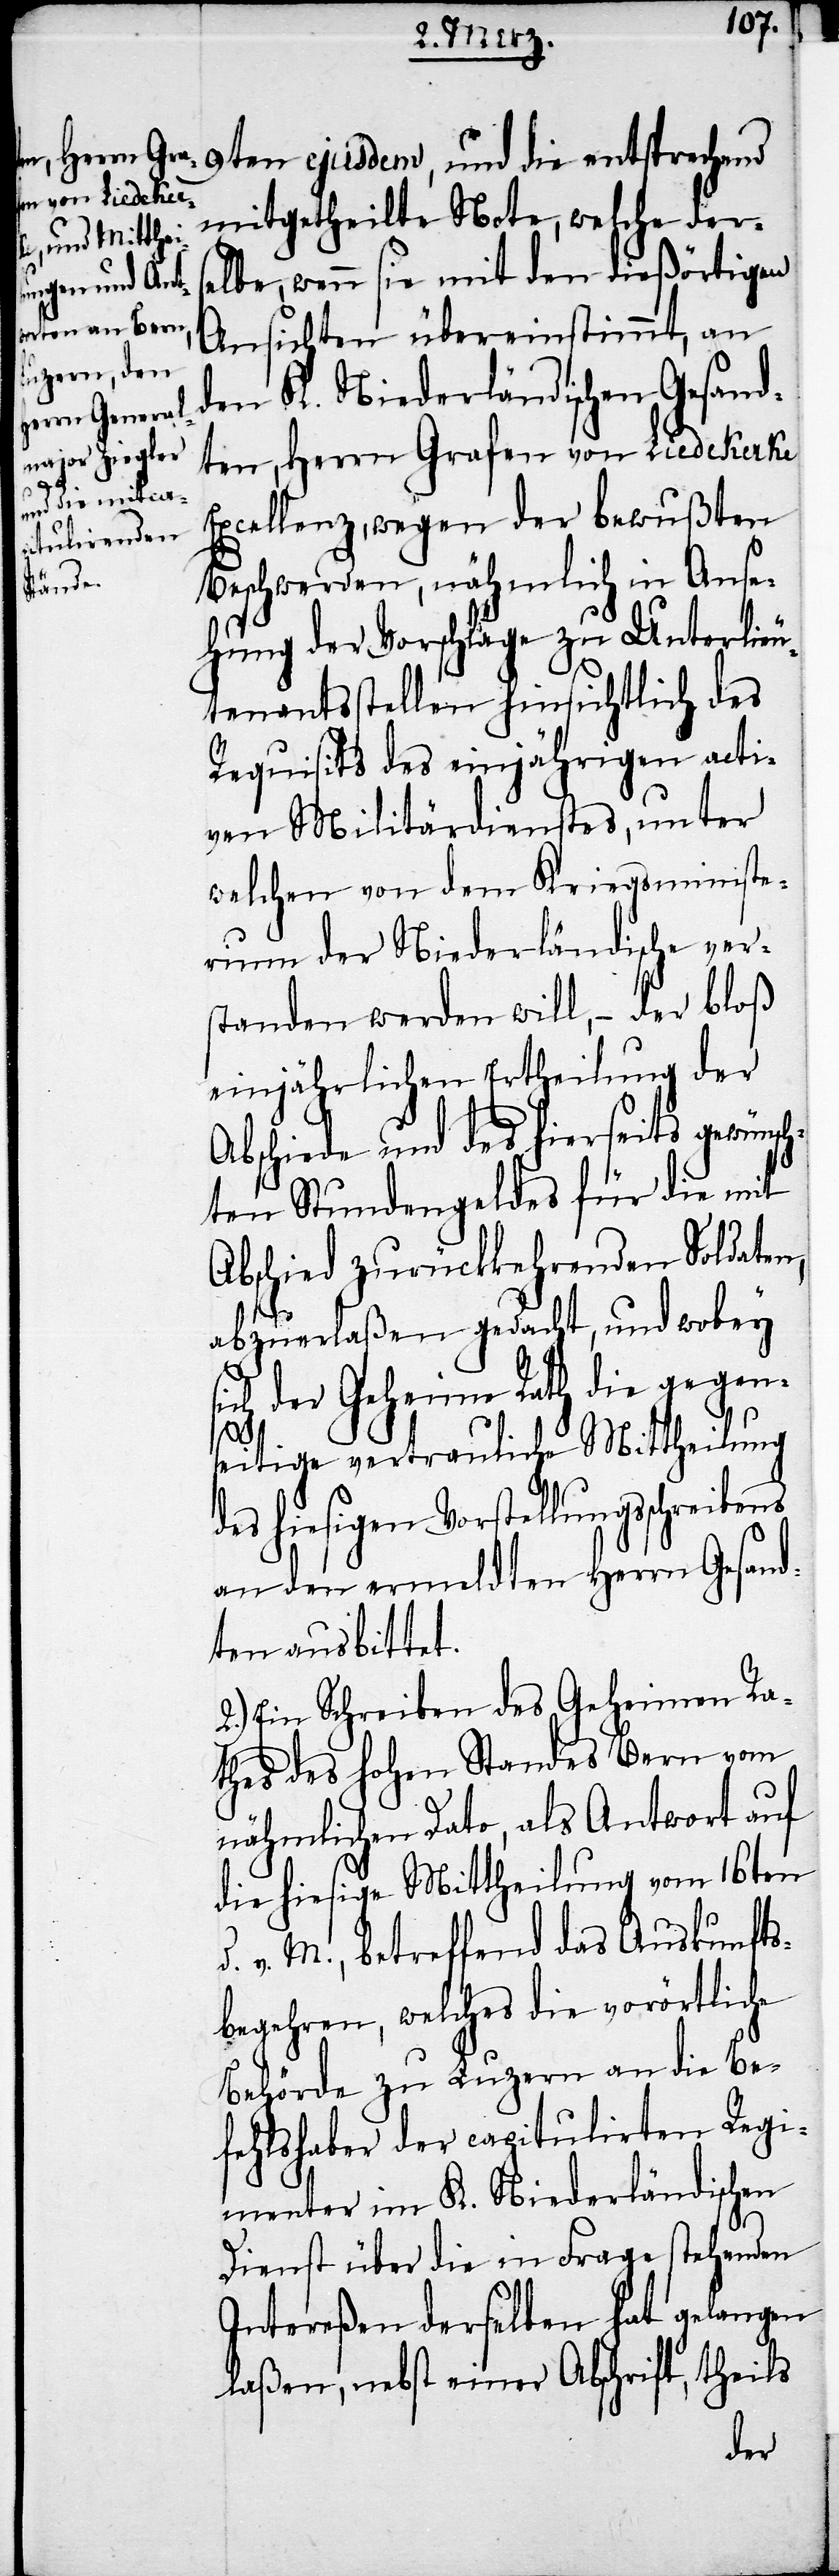
9ten ejusdem, und die entsprechend
mitgetheilte Note, welche ders¬
elbe, wenn sie mit den dießörtigen
Ansichten übereinstimmt, an
den K. Niederländischen Gesand¬
ten, Herrn Grafen von Liedekerke
Excellenz, wegen der bewußten
Beschwerden, nähmlich in Anse¬
hung der Vorschläge zu Unterlieu¬
tenantsstellen hinsichtlich des
Requisits des einjährigen acti¬
ven Militärdienstes, unter
welchen von dem Kriegsministe¬
rium der Niederländische ver¬
standen werden will, – der bloß
einjährlichen Ertheilung der
Abschiede und des hierseits gewünsch¬
ten Stundengeldes für die mit
Abschied zurückkehrenden Soldaten,
abzuerlaßen gedacht, und wobey
sich der Geheime Rath die gegen¬
seitige vertrauliche Mittheilung
des hiesigen Vorstellungsschrei¬
an den ermeldten Herrn Gesand¬
ten ausbittet.
2.) Ein Schreiben des Geheimen Ra¬
thes des hohen Standes Bern vom
nähmlichen Dato, als Antwort auf
die hiesige Mittheilung vom 16ten
d. v. M., betreffend das Auskunfts¬
begehren, welches die vorörtliche
Behörde zu Luzern an die Be¬
fehlshaber der capitulirten Regi¬
menter im K. Niederländischen
Dienst über die in Frage stehenden
Intereßen derselben hat gelangen
laßen, nebst einer Abschrift, theils
bens